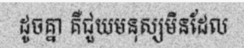
ដូចគ្នា គឺជួយមនុស្សមិនដែល